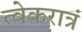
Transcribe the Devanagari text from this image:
त्वेकरात्रं